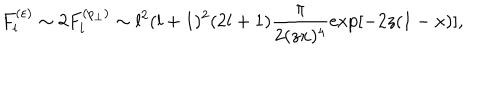
F _ { l } ^ { ( \varepsilon ) } \sim 2 F _ { l } ^ { ( p _ { \perp } ) } \sim l ^ { 2 } ( l + 1 ) ^ { 2 } ( 2 l + 1 ) \frac { \pi } { 2 ( z x ) ^ { 4 } } \exp [ - 2 z ( 1 - x ) ] ,